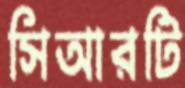
সিআরটি